Civil Veterinary Dept. Bombay admin report 1923-31 - 1923-1931
Year: 1923
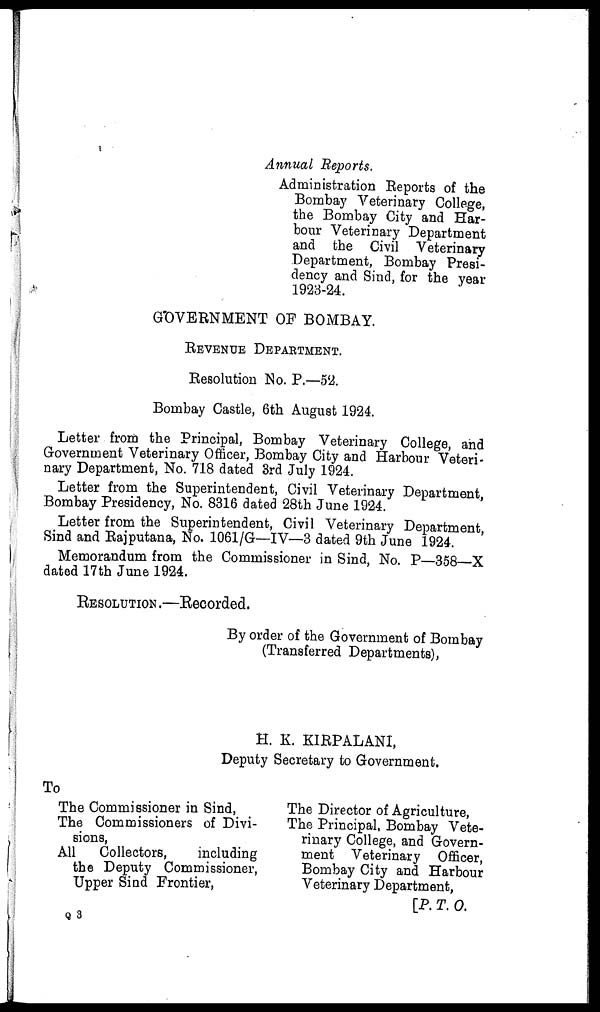
Annual Reports.
Administration Reports of the
Bombay Veterinary College,
the Bombay City and Har-
bour Veterinary Department
and the Civil Veterinary
Department, Bombay Presi-
dency and Sind, for the year
1923-24.
GOVERNMENT OF BOMBAY.
REVENUE DEPARTMENT.
Resolution No. P.—52.
Bombay Castle, 6th August 1924.
Letter from the Principal, Bombay Veterinary College, and
Government Veterinary Officer, Bombay City and Harbour Veteri-
nary Department, No. 718 dated 3rd July 1924.
Letter from the Superintendent, Civil Veterinary Department,
Bombay Presidency, No. 8316 dated 28th June 1924.
Letter from the Superintendent, Civil Veterinary Department,
Sind and Rajputana, No. 1061/G—IV—3 dated 9th June 1924.
Memorandum from the Commissioner in Sind, No. P—358—X
dated 17th June 1924.
RESOLUTION.—Recorded.
By order of the Government of Bombay
(Transferred Departments),
H. K. KIRPALANI,
Deputy Secretary to Government.
To
The Commissioner in Sind,
The Commissioners of Divi-
sions,
All
Collectors,
including
the Deputy Commissioner,
Upper Sind Frontier,
The Director of Agriculture,
The Principal, Bombay Vete-
rinary College, and Govern-
ment Veterinary Officer,
Bombay City and Harbour
Veterinary Department,
[P. T. 0.
Q 3